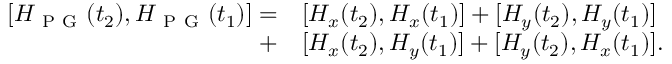
\begin{array} { r l } { [ H _ { \mathrm { ~ P ~ G ~ } } ( t _ { 2 } ) , H _ { \mathrm { ~ P ~ G ~ } } ( t _ { 1 } ) ] = } & { { } [ H _ { x } ( t _ { 2 } ) , H _ { x } ( t _ { 1 } ) ] + [ H _ { y } ( t _ { 2 } ) , H _ { y } ( t _ { 1 } ) ] } \\ { + } & { { } [ H _ { x } ( t _ { 2 } ) , H _ { y } ( t _ { 1 } ) ] + [ H _ { y } ( t _ { 2 } ) , H _ { x } ( t _ { 1 } ) ] . } \end{array}